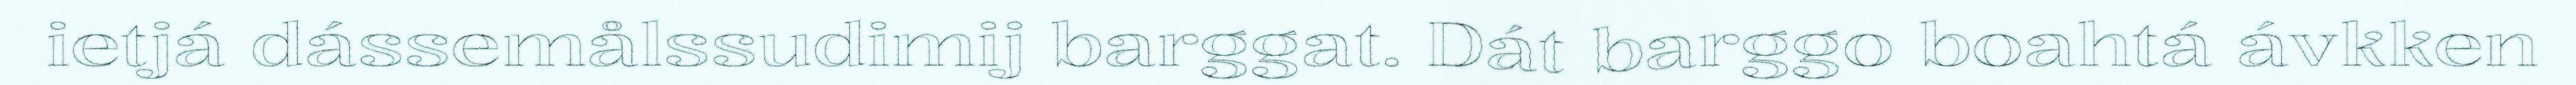
ietjá dássemålssudimij barggat. Dát barggo boahtá ávkken